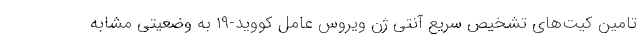
تامین کیت‌های تشخیص سریع آنتی ژن ویروس عامل کووید-۱۹ به وضعیتی مشابه